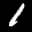
Label: 1